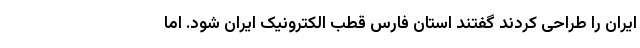
ایران را طراحی کردند گفتند استان فارس قطب الکترونیک ایران شود. اما